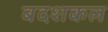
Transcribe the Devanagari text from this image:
बदशकल